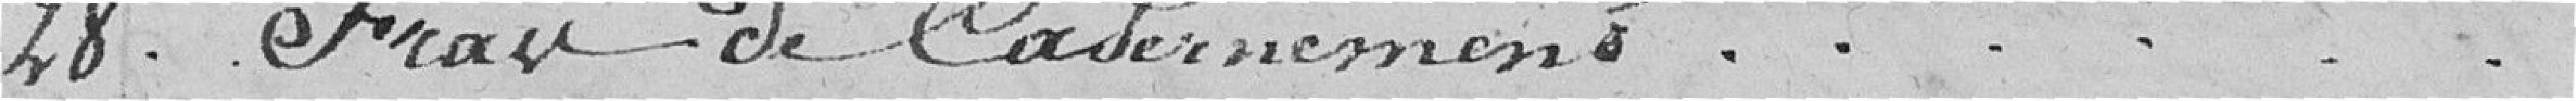
28. Frais de casernement